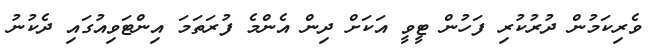
ވެރިކަމުން ދުރުކުރި ފަހުން ޓީވީ އަކަށް ދިން އެންމެ ފުރަތަމަ އިންޓަވިއުގައި ދެކުނު